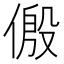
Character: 𪝛